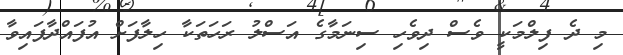
މި ދެ ފިލްމަކީ ވެސް ދިވެހި ސިނަމާގެ އަސްލު ރަހަތަކާ ހިލާފަށް އުފައްދާފައިވާ